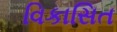
વિકાસિત